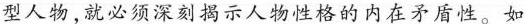
型人物,就必须深刻揭示人物性格的内在矛盾性。如